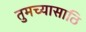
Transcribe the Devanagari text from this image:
तुमच्यासाठि